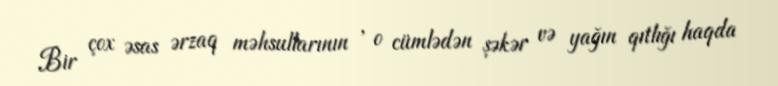
Bir çox əsas ərzaq məhsullarının , o cümlədən şəkər və yağın qıtlığı haqda